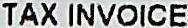
TAX INVOICE